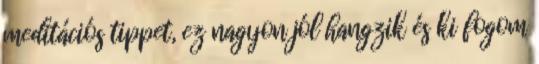
meditációs tippet, ez nagyon jól hangzik és ki fogom